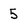
Character: 5